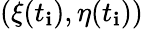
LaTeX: (\xi(t_{\mathbf{i}}),\eta(t_{\mathbf{i}}))